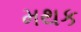
મથક